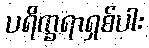
ပရိက္ခရာရှစ်ပါး